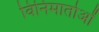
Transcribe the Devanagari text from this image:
विनिमार्ताओं